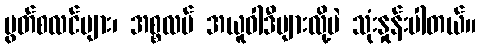
မွတ်စလင်များ၊ အစ္စလမ် အယူဝါဒီများလို့ပဲ သုံးနှုန်းပါတယ်။